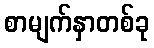
စာမျက်နှာတစ်ခု